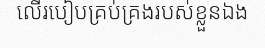
លើរបៀបគ្រប់គ្រងរបស់ខ្លួនឯង